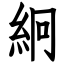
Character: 絅